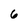
Character: 6